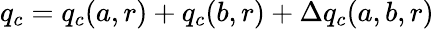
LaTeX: q_{c}=q_{c}(a,r)+q_{c}(b,r)+\Delta q_{c}(a,b,r)